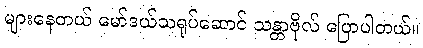
များနေတယ် မော်ဒယ်သရုပ်ဆောင် သန္တာဗိုလ် ပြောပါတယ်။